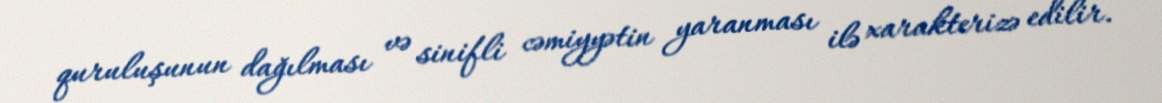
quruluşunun dağılması və sinifli cəmiyyətin yaranması ilə xarakterizə edilir.